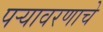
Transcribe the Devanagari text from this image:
पऱ्यावरणाचे